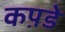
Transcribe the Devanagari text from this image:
कप़डे